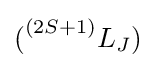
{{(}^{(2S+1)}}{{L}_{J}})